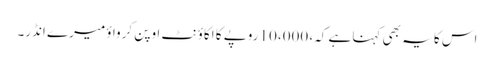
اس کا یہ بھی کہنا ہے کہ، 10،000 روپے کا اکاؤنٹ اوپن کرواؤ میرے انڈر۔